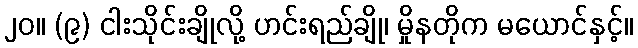
၂၀။ (၉) ငါးသိုင်းချိုလို့ ဟင်းရည်ချို၊ မှိုနတိုက မယောင်နှင့်။